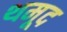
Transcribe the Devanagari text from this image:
थमूद